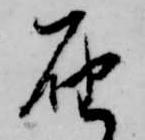
届